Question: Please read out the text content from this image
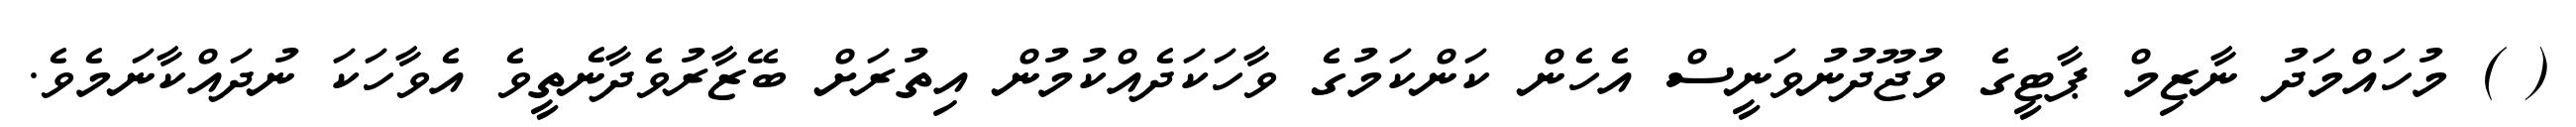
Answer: ( ) މުހައްމަދު ނާޒިމް ޕާޓީގެ ވުޖޫދުނުވަނީސް އެހެން ކަންކަމުގެ ވާހަކަދެއްކުމުން އިތުރަށް ބޭޒާރުވެދާނެތީވެ އެވާހަކަ ނުދައްކާނަމެވެ.